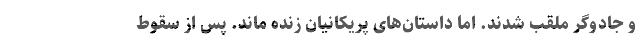
و جادوگر ملقب شدند. اما داستان‌های پریکانیان زنده ماند. پس از سقوط